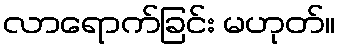
လာရောက်ခြင်း မဟုတ်။